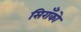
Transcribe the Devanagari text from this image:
सिराँको